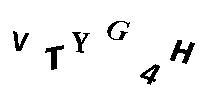
VTYG4H